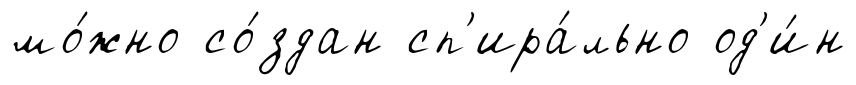
мо́жно со́здан сп'ира́льно од'и́н